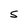
Character: S